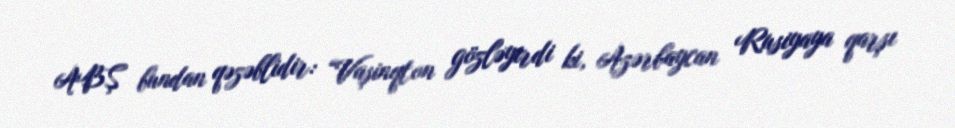
ABŞ bundan qəzəblidir: “Vaşinqton gözləyirdi ki, Azərbaycan Rusiyaya qarşı